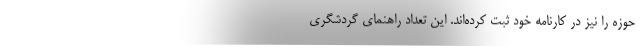
حوزه را نیز در کارنامه خود ثبت کرده‌اند. این تعداد راهنمای گردشگری